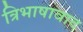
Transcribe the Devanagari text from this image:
त्रिभाषावाद